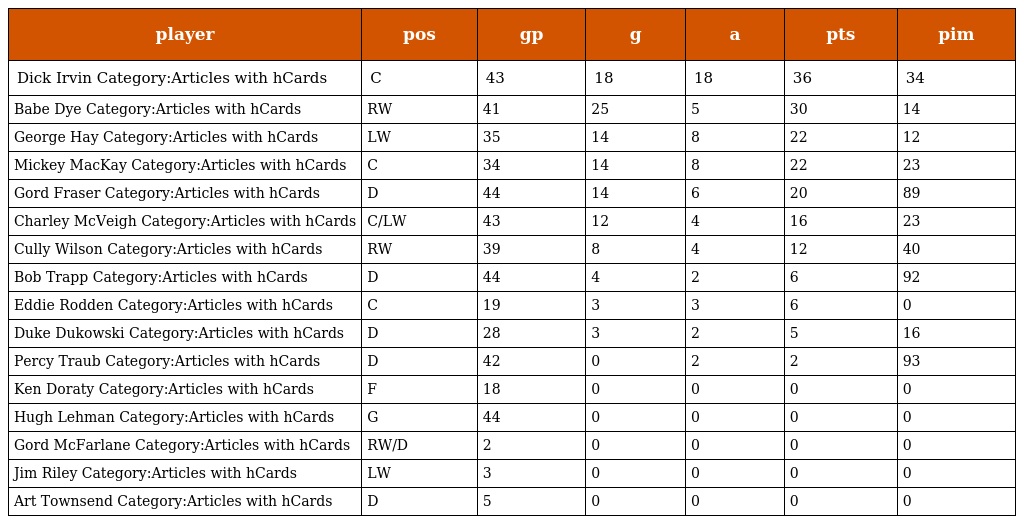
| player | pos | gp | g | a | pts | pim |
 | --- | --- | --- | --- | --- | --- | --- |
 | Dick Irvin Category:Articles with hCards | C | 43 | 18 | 18 | 36 | 34 |
 | Babe Dye Category:Articles with hCards | RW | 41 | 25 | 5 | 30 | 14 |
 | George Hay Category:Articles with hCards | LW | 35 | 14 | 8 | 22 | 12 |
 | Mickey MacKay Category:Articles with hCards | C | 34 | 14 | 8 | 22 | 23 |
 | Gord Fraser Category:Articles with hCards | D | 44 | 14 | 6 | 20 | 89 |
 | Charley McVeigh Category:Articles with hCards | C/LW | 43 | 12 | 4 | 16 | 23 |
 | Cully Wilson Category:Articles with hCards | RW | 39 | 8 | 4 | 12 | 40 |
 | Bob Trapp Category:Articles with hCards | D | 44 | 4 | 2 | 6 | 92 |
 | Eddie Rodden Category:Articles with hCards | C | 19 | 3 | 3 | 6 | 0 |
 | Duke Dukowski Category:Articles with hCards | D | 28 | 3 | 2 | 5 | 16 |
 | Percy Traub Category:Articles with hCards | D | 42 | 0 | 2 | 2 | 93 |
 | Ken Doraty Category:Articles with hCards | F | 18 | 0 | 0 | 0 | 0 |
 | Hugh Lehman Category:Articles with hCards | G | 44 | 0 | 0 | 0 | 0 |
 | Gord McFarlane Category:Articles with hCards | RW/D | 2 | 0 | 0 | 0 | 0 |
 | Jim Riley Category:Articles with hCards | LW | 3 | 0 | 0 | 0 | 0 |
 | Art Townsend Category:Articles with hCards | D | 5 | 0 | 0 | 0 | 0 |